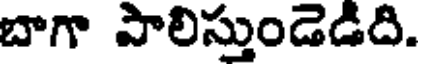
బాగా పాలిస్తుండెడిది.